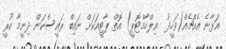
އަޅާނެ އެއްޗެއް(ވަހީދު  އިލްހާމްޓޮޕީ) އޮތް ޕާޓީއަކަށް ނައިބް ރައީސްކަން ދިނީމާ ކުރީ